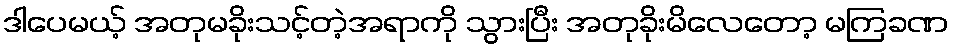
ဒါပေမယ့် အတုမခိုးသင့်တဲ့အရာကို သွားပြီး အတုခိုးမိလေတော့ မကြခဏ